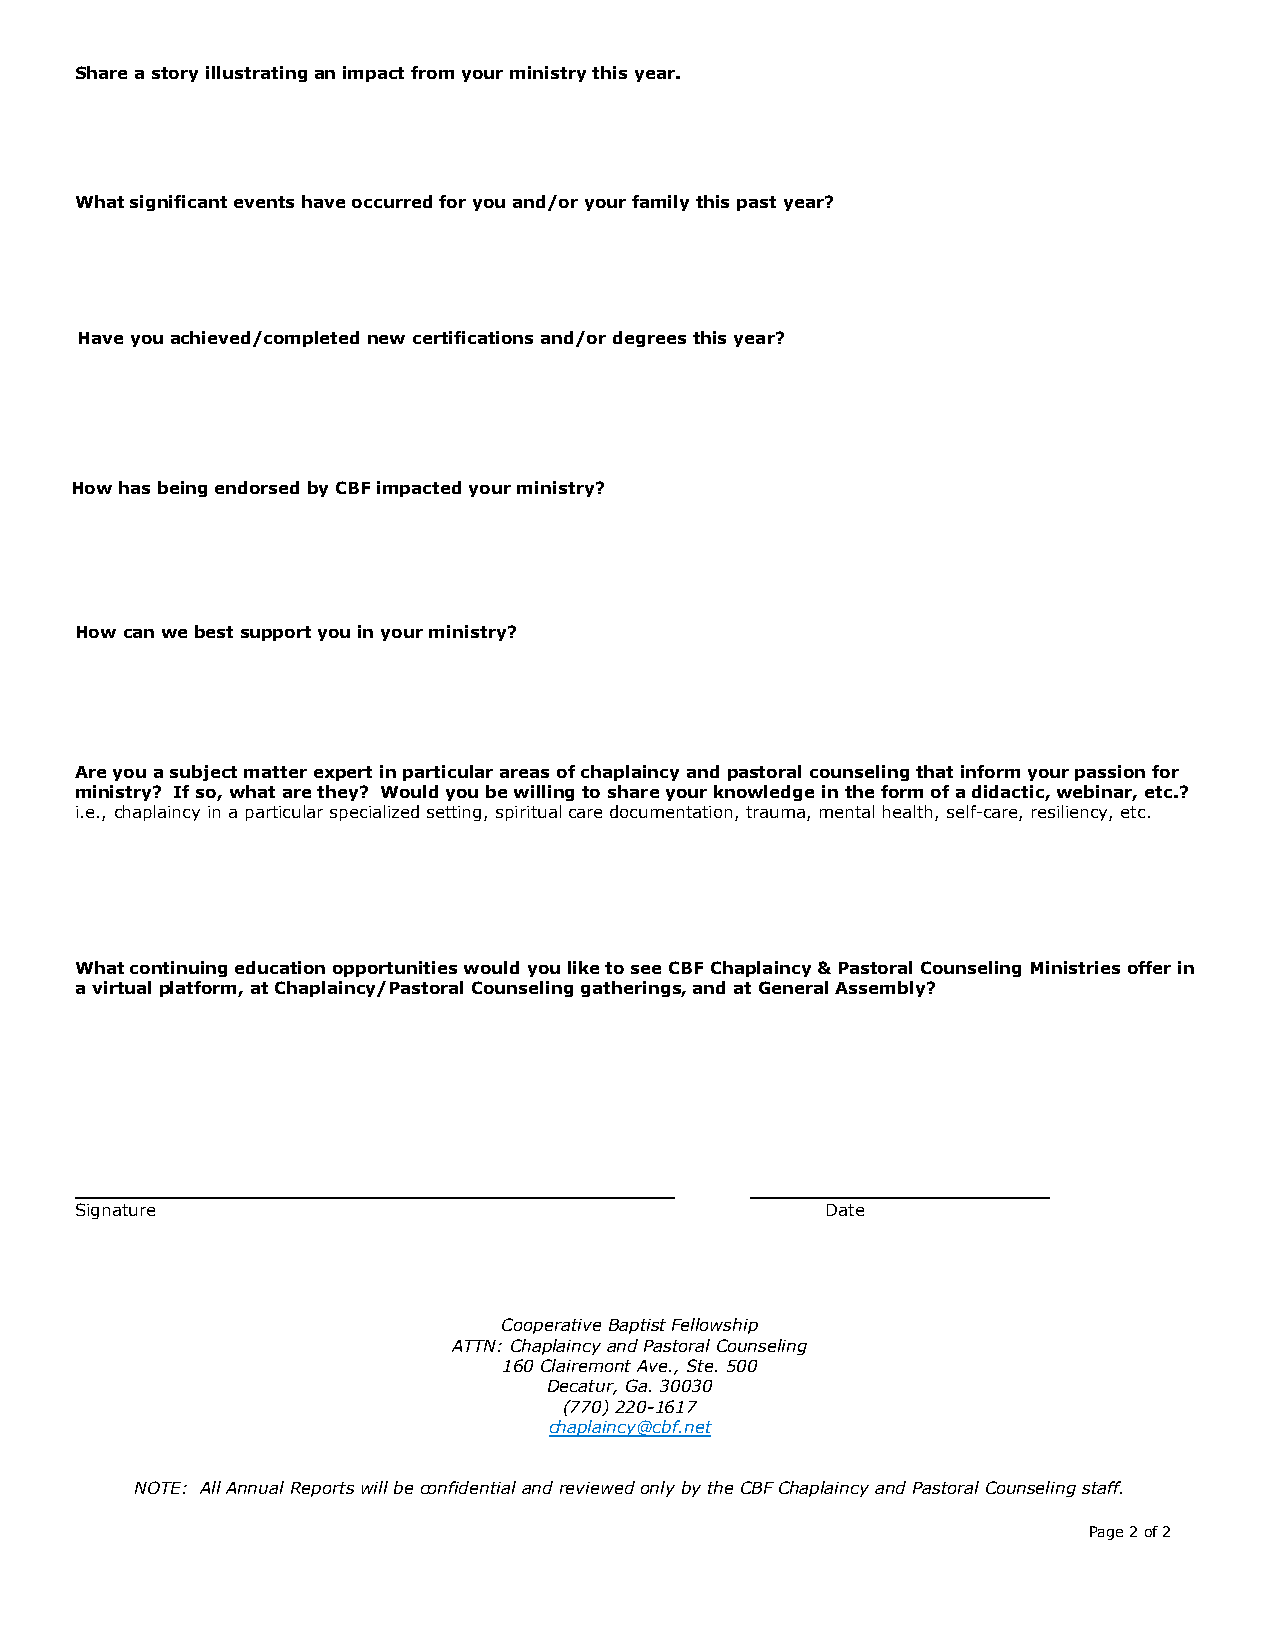
Share a story illustrating an impact from your ministry this year.
 What significant events have occurred for you and/or your family this past year?
 Have you achieved/completed new certifications and/or degrees this year?
 How has being endorsed by CBF impacted your ministry?
 How can we best support you in your ministry?
 Are you a subject matter expert in particular areas of chaplaincy and pastoral counseling that inform your passion for
 ministry? If so, what are they? Would you be willing to share your knowledge in the form of a didactic, webinar, etc.?
 i.e., chaplaincy in a particular specialized setting, spiritual care documentation, trauma, mental health, self-care, resiliency, etc.
 What continuing education opportunities would you like to see CBF Chaplaincy & Pastoral Counseling Ministries offer in
 a virtual platform, at Chaplaincy/Pastoral Counseling gatherings, and at General Assembly?
 Signature                                         Date
 Cooperative Baptist Fellowship
 ATTN: Chaplaincy and Pastoral Counseling
 160 Clairemont Ave., Ste. 500
 Decatur, Ga. 30030
 (770) 220-1617
 chaplaincy@cbf.net
 NOTE: All Annual Reports will be confidential and reviewed only by the CBF Chaplaincy and Pastoral Counseling staff.
 Page 2 of 2